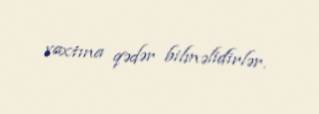
vaxtına qədər bilməlidirlər.